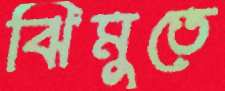
ঝিমুতে